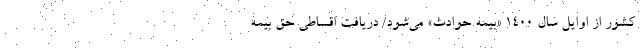
کشور از اوایل سال ۱۴۰۰ «بیمه حوادث» می‌شود/ دریافت اقساطی حق بیمه